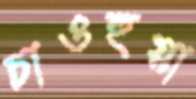
চাওহুয়া